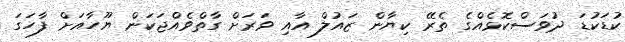
ކުޑަކުޑަ ދުވަސްކޮޅެއްގެ ތެރޭ ކިޔާން ޒައުލް އާއި ވަރަށް ގާތްވެއްޖަކަން ޔޫހާއަށް ފާހަގަ